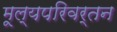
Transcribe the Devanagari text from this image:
मूल्यपरिवर्तन